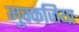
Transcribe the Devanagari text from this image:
मुक्कजिया